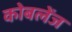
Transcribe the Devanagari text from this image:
कोबलेंज